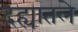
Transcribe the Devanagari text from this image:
दह्यातले